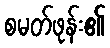
စမတ်ဖုန်း၏